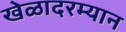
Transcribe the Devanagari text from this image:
खेळादरम्यान